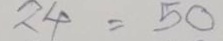
24 = 50